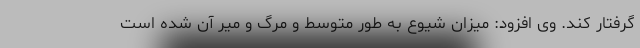
گرفتار کند. وی افزود: میزان شیوع به طور متوسط و مرگ و میر آن شده است